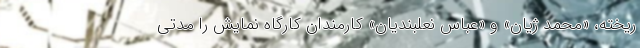
ریخته، «محمد ژیان» و «عباس نعلبندیان» کارمندان کارگاه نمایش را مدتی